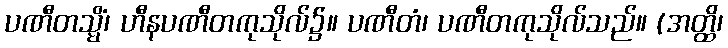
ပဏီတသ္မိံ၊ ဟီနပဏီတကုသိုလ်၌။ ပဏီတံ၊ ပဏီတကုသိုလ်သည်။ (အတ္ထိ၊